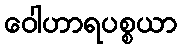
ဝေါဟာရပစ္စယာ